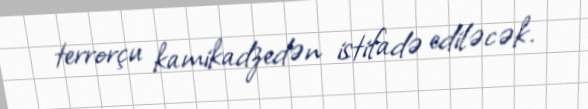
terrorçu kamikadzedən istifadə ediləcək.